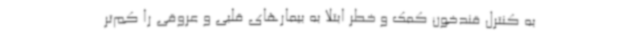
به کنترل قندخون کمک و خطر ابتلا به بیمارهای قلبی و عروقی را کم‌تر